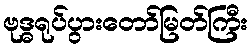
ဗုဒ္ဓရုပ်ပွားတော်မြတ်ကြီး